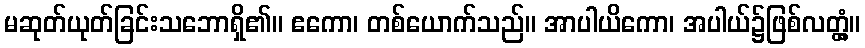
မဆုတ်ယုတ်ခြင်းသဘောရှိ၏။ ဧကော၊ တစ်ယောက်သည်။ အာပါယိကော၊ အပါယ်၌ဖြစ်လတ္တံ့။